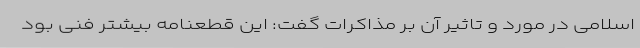
اسلامی در مورد و تاثیر آن بر مذاکرات گفت: این قطعنامه بیشتر فنی بود